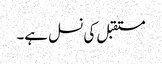
مستقبل کی نسل ہے۔